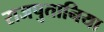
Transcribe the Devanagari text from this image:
राजपुतानिया